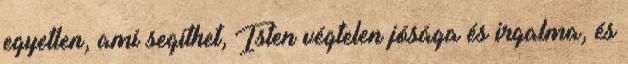
egyetlen, ami segíthet, Isten végtelen jósága és irgalma, és